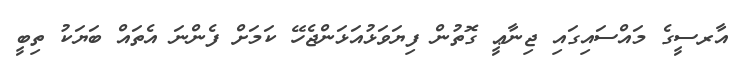
އާރސީގެ މައްސައިގައި ޖިނާޢީ ގޮތުން ފިޔަވަޅުއަޅަންޖެހޭ ކަމަށް ފެންނަ އެތައް ބަޔަކު ތިބީ